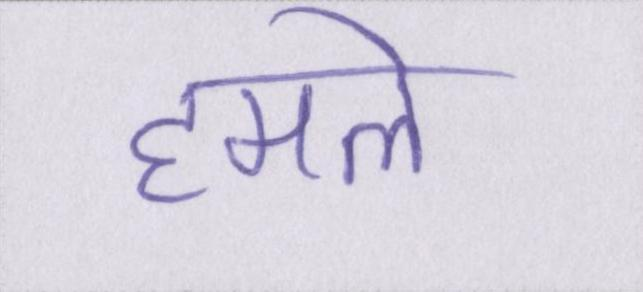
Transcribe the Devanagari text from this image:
हमले